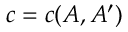
c = c ( A , A ^ { \prime } )